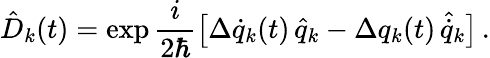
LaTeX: \hat{D}_{k}(t)=\exp\frac{i}{2\hbar}\big[\Delta\dot{q}_{k}(t)\, \hat{q}_{k}-\Delta q_{k}(t)\, \hat{\dot{q}}_{k}\big]\, .